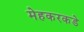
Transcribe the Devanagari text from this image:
मेहकरकडे